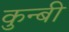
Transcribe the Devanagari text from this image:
कुन्बी